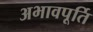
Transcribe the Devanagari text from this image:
अभावपूर्ति